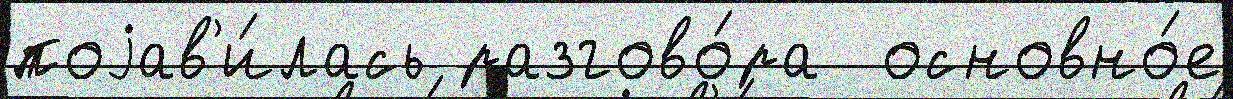
поjав'и́лась разгово́ра  основно́е